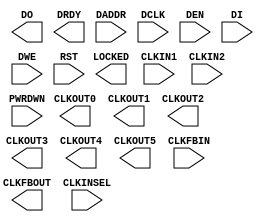
//`timescale 1 ps / 1 ps

`celldefine

module PLLE2_ADV #(
`ifdef XIL_TIMING
  parameter LOC = "UNPLACED",
  parameter real CLKIN_FREQ_MAX = 1066.000,
  parameter real CLKIN_FREQ_MIN = 19.000,
  parameter real CLKPFD_FREQ_MAX = 550.0,
  parameter real CLKPFD_FREQ_MIN = 19.0,
  parameter real VCOCLK_FREQ_MAX = 2133.000,
  parameter real VCOCLK_FREQ_MIN = 800.000,
`endif
  parameter BANDWIDTH = "OPTIMIZED",
  parameter integer CLKFBOUT_MULT = 5,
  parameter real CLKFBOUT_PHASE = 0.000,
  parameter real CLKIN1_PERIOD = 0.000,
  parameter real CLKIN2_PERIOD = 0.000,
  parameter integer CLKOUT0_DIVIDE = 1,
  parameter real CLKOUT0_DUTY_CYCLE = 0.500,
  parameter real CLKOUT0_PHASE = 0.000,
  parameter integer CLKOUT1_DIVIDE = 1,
  parameter real CLKOUT1_DUTY_CYCLE = 0.500,
  parameter real CLKOUT1_PHASE = 0.000,
  parameter integer CLKOUT2_DIVIDE = 1,
  parameter real CLKOUT2_DUTY_CYCLE = 0.500,
  parameter real CLKOUT2_PHASE = 0.000,
  parameter integer CLKOUT3_DIVIDE = 1,
  parameter real CLKOUT3_DUTY_CYCLE = 0.500,
  parameter real CLKOUT3_PHASE = 0.000,
  parameter integer CLKOUT4_DIVIDE = 1,
  parameter real CLKOUT4_DUTY_CYCLE = 0.500,
  parameter real CLKOUT4_PHASE = 0.000,
  parameter integer CLKOUT5_DIVIDE = 1,
  parameter real CLKOUT5_DUTY_CYCLE = 0.500,
  parameter real CLKOUT5_PHASE = 0.000,
  parameter COMPENSATION = "ZHOLD",
  parameter integer DIVCLK_DIVIDE = 1,
  parameter [0:0] IS_CLKINSEL_INVERTED = 1'b0,
  parameter [0:0] IS_PWRDWN_INVERTED = 1'b0,
  parameter [0:0] IS_RST_INVERTED = 1'b0,
  parameter real REF_JITTER1 = 0.010,
  parameter real REF_JITTER2 = 0.010,
  parameter STARTUP_WAIT = "FALSE"
)(
  output CLKFBOUT,
  output CLKOUT0,
  output CLKOUT1,
  output CLKOUT2,
  output CLKOUT3,
  output CLKOUT4,
  output CLKOUT5,
  output [15:0] DO,
  output DRDY,
  output LOCKED,

  input CLKFBIN,
  input CLKIN1,
  input CLKIN2,
  input CLKINSEL,
  input [6:0] DADDR,
  input DCLK,
  input DEN,
  input [15:0] DI,
  input DWE,
  input PWRDWN,
  input RST
);

endmodule